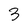
Character: 3